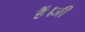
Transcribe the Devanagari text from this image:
हैं।जी